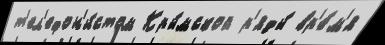
т'ел'ефон'и́стом Кры́мской р'яды́ вр'е́м'я